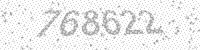
Solution: 768622